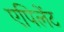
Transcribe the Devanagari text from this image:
एपिलेंट